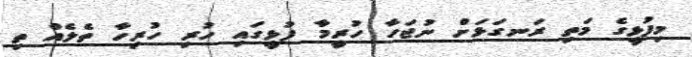
މިފުޅީގެ މަތި ރަނގަޅަށް ނުޖަހާ ހުރީމާ ފުޅީގައި ހުރި ހުރިހާ ތެލެއް ތި